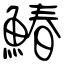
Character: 鰆